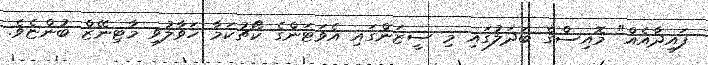
ފައިދާއެއް" މޮއިސްގެ ބަދަލުގައި މި ސީޒަންގައި އެވަޓަންގެ ކޯޗުކަމާ ހަވާލުވި މާޓިނޭޒް ބުންޏެވެ.